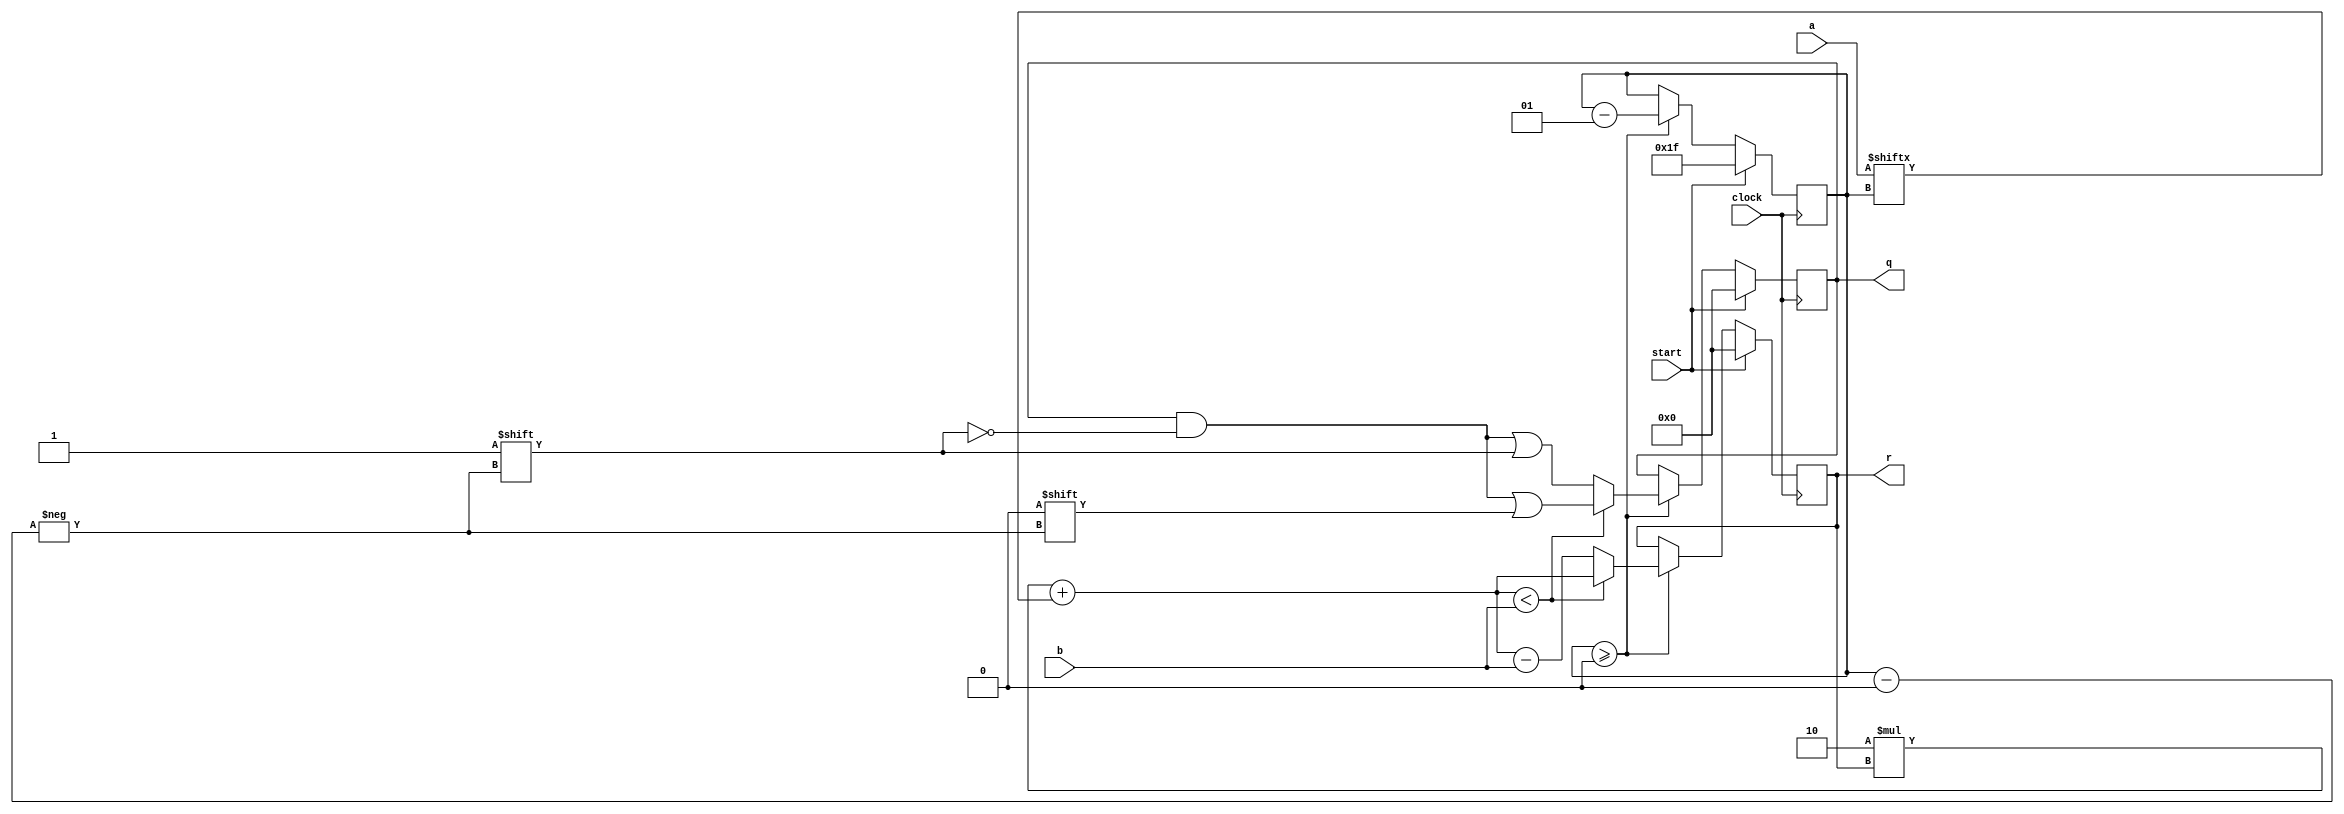
module Division(
	input         clock,
	input         start,
	input  [31:0] a,
	input  [31:0] b,
	output [31:0] q,
	output [31:0] r
);



 reg [31:0] q;
 reg [31:0] r;
 reg [31:0] rtemp;
 integer i;
	
	always @(posedge clock)
		begin
          if(start) begin //neustart oder reset
			r = 32'd0;
			q = 32'd0;
			i = 31;
				end
		else begin 
             if(i >= 0) begin //iterationen
		     rtemp = 2 * r + a[i];
                if (rtemp < b) begin
                    q[i] = 0; r = rtemp; 
                end
                else begin 
                    q[i] = 1; r = rtemp - b; 
                end 
                i = i-1;
	        end 
             else begin end
	     end
     end
	
endmodule